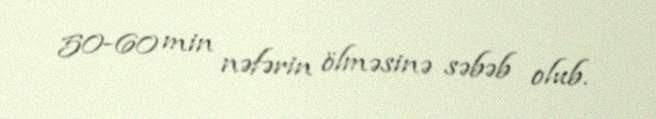
50-60 min nəfərin ölməsinə səbəb olub.